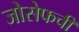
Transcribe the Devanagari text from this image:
जोसेफची